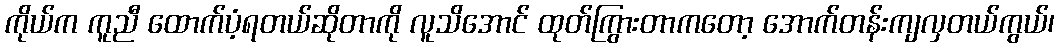
ကိုယ်က ကူညီ ထောက်ပံ့ရတယ်ဆိုတာကို လူသိအောင် ထုတ်ကြွားတာကတော့ အောက်တန်းကျလှတယ်ကွယ်၊